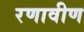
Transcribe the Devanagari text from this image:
रणावीण